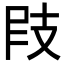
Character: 𢻀